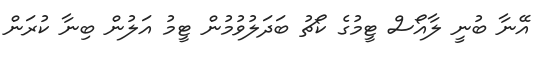
އޭނާ ބުނީ ލާއޯސް ޓީމުގެ ކޯޗު ބަދަލުވުމުން ޓީމު އަލުން ބިނާ ކުރަން